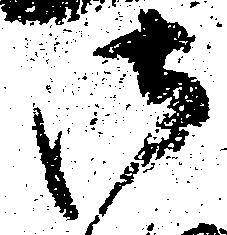
御